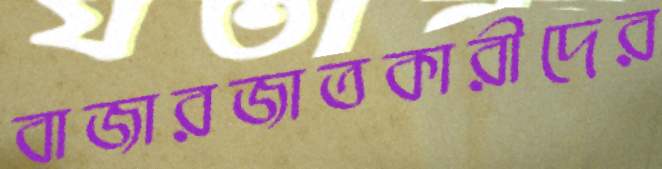
বাজারজাতকারীদের